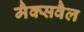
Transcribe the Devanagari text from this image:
मैक्सवैल